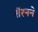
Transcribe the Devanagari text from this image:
शॅरनने